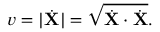
v = | { \dot { \mathbf { X } } } | = { \sqrt { { \dot { \mathbf { X } } } \cdot { \dot { \mathbf { X } } } } } .